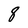
Character: 8